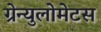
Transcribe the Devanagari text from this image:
ग्रेन्युलोमेटस